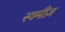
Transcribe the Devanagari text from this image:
स्यमीज़